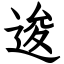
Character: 逡